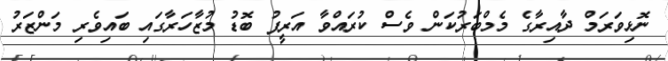
ނޮޅިވަރަމް ދާއިރާގެ މެމްބަރުކަން ވެސް ކުރައްވާ އަރީފު ބޮޑު މުޒާހަރާގައި ބައިވެރި މަންޒަރު